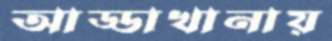
আড্ডাখানায়